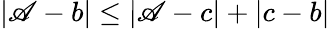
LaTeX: |\mathscr{A}-b|\leq|\mathscr{A}-c|+|c-b|